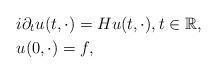
LaTeX: \begin{align*}&i \partial_t u(t,\cdot) = H u(t,\cdot), t\in {\mathbb{R}}, \\&u(0,\cdot)=f,\end{align*}